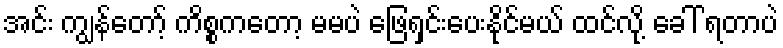
အင်း ကျွန်တော့် ကိစ္စကတော့ မမပဲ ဖြေရှင်းပေးနိုင်မယ် ထင်လို့ ခေါ် ရတာပဲ